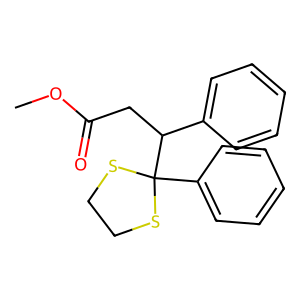
SMILES: COC(=O)CC(c1ccccc1)C1(c2ccccc2)SCCS1
Inhibits HIV replication: No